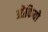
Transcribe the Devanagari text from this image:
ओकियो